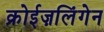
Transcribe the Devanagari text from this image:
क्रोईज़लिंगेन